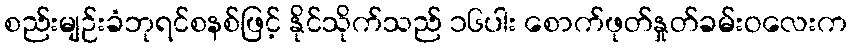
စည်းမျဉ်းခံဘုရင်စနစ်ဖြင့် နိုင်သိုက်သည် ၁၆ပါး စောက်ဖုတ်နှုတ်ခမ်းဝလေးက